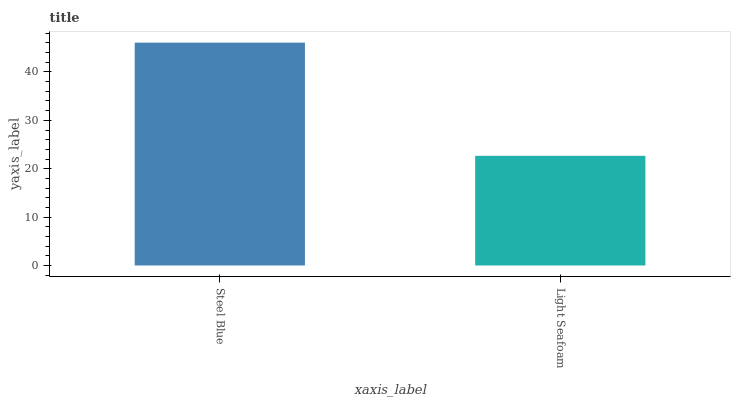
| xaxis_label | bars |
 | --- | --- |
 | Steel Blue | 46.1 |
 | Light Seafoam | 22.7 |